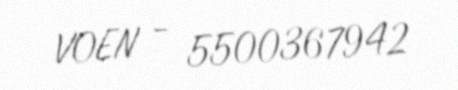
VOEN - 5500367942